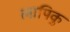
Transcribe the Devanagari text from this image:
लापिकु